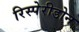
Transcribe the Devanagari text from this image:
रिस्पेरीडोन